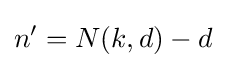
n'=N(k,d)-d